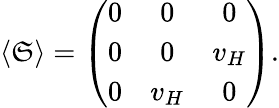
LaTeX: \langle\mathfrak{S}\rangle=\left(\begin{array}{ccc}{{0}}&{{0}}&{{0}}\\ {{0}}&{{0}}&{{v_{H}}}\\ {{0}}&{{v_{H}}}&{{0}}\end{array}\right).